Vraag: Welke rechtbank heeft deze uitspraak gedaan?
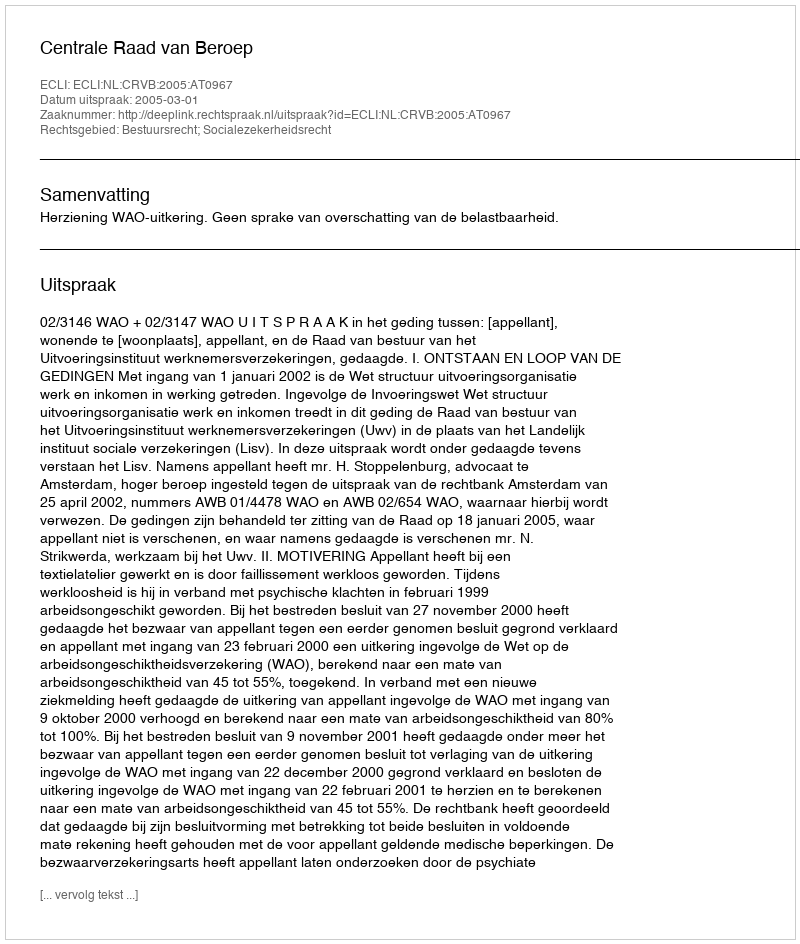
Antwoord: Centrale Raad van Beroep